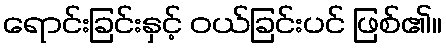
ရောင်းခြင်းနှင့် ဝယ်ခြင်းပင် ဖြစ်၏။